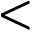
<